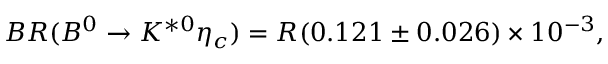
B R ( B ^ { 0 } \rightarrow K ^ { * 0 } \eta _ { c } ) = R ( 0 . 1 2 1 \pm 0 . 0 2 6 ) \times 1 0 ^ { - 3 } ,